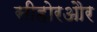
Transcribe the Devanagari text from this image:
सीहोरऔर